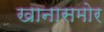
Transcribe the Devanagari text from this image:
खानासमोर